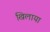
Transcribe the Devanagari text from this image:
खिलाया